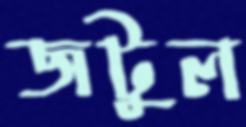
জটুল